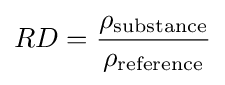
RD={\frac {\rho _{\mathrm {substance} }}{\rho _{\mathrm {reference} }}}